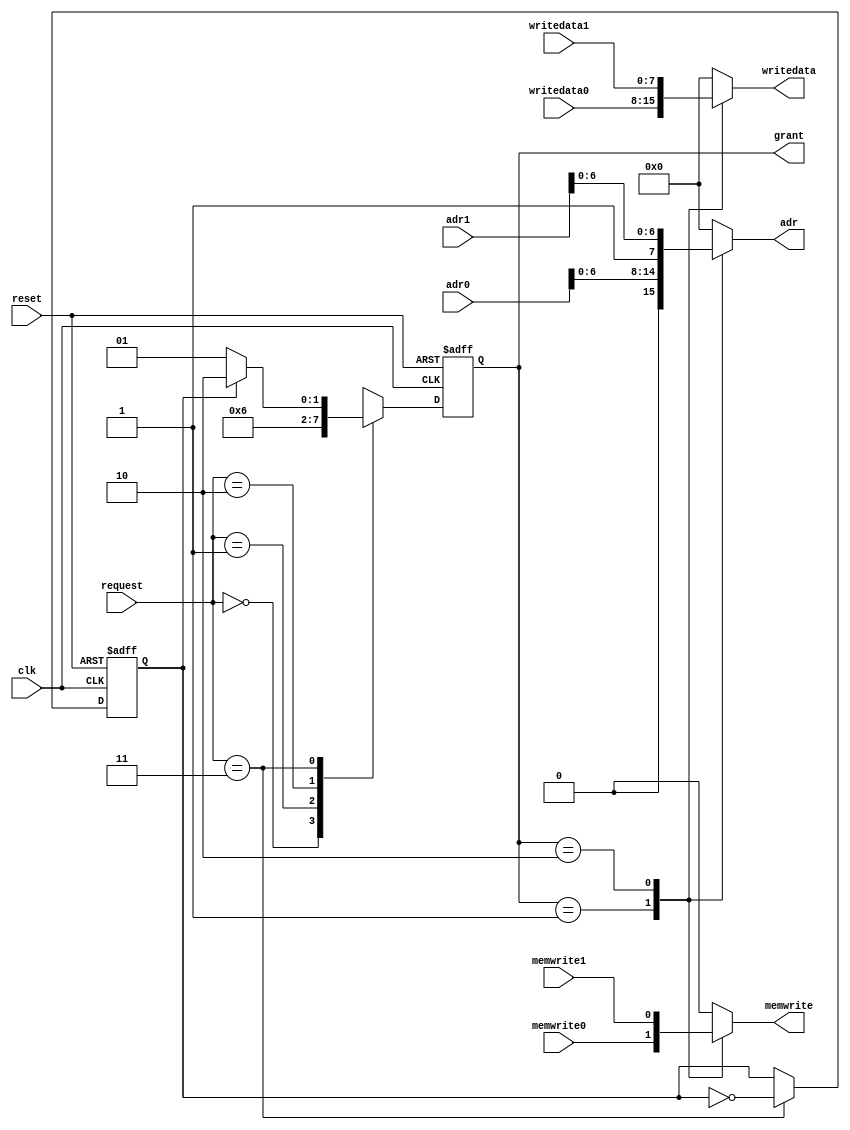
`timescale 1ns / 1ps

module systembus #(parameter WIDTH = 8) (input clk,
    input reset,
    input [1:0] request,
    input  [WIDTH-1:0] adr0, adr1, writedata0, writedata1,
    input memwrite0, memwrite1,
    output reg [1:0] grant = 2'b00,
    output reg [WIDTH-1:0] writedata, adr,
    output reg memwrite = 0);
    reg token = 0;
    
    always @(posedge clk or posedge reset) begin
        if (reset) begin
            grant <= 2'b00; token <= 1'b0;
        end
        else begin
            case (request)
                2'b00: grant <= 2'b00;
                2'b01: grant <= 2'b01;
                2'b10: grant <= 2'b10;
                2'b11:
                    begin 
                        if (token)
                            grant <= 2'b10;
                        else
                            grant <= 2'b01;
                        token <= ~token;
                    end
            endcase     
        end
    end
    
    always @(*) begin
        case(grant)
            2'b01: 
                begin 
                    adr <= {1'b0, adr0[WIDTH-2:0]};
                    writedata <= {1'b0, writedata0};
                    memwrite <= memwrite0;
                end
            2'b10: 
                begin 
                    adr <=  {1'b1, adr1[WIDTH-2:0]};
                    writedata <= {1'b0, writedata1};
                    memwrite <= memwrite1;
                end
                
            default:
                begin
                    adr <= 0;
                    writedata <= 0; 
                    memwrite <= 0;
                end
        endcase
    end

endmodule